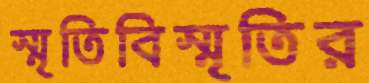
স্মৃতিবিস্মৃতির